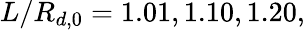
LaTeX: L/R_{d,0}=1.01,1.10,1.20,